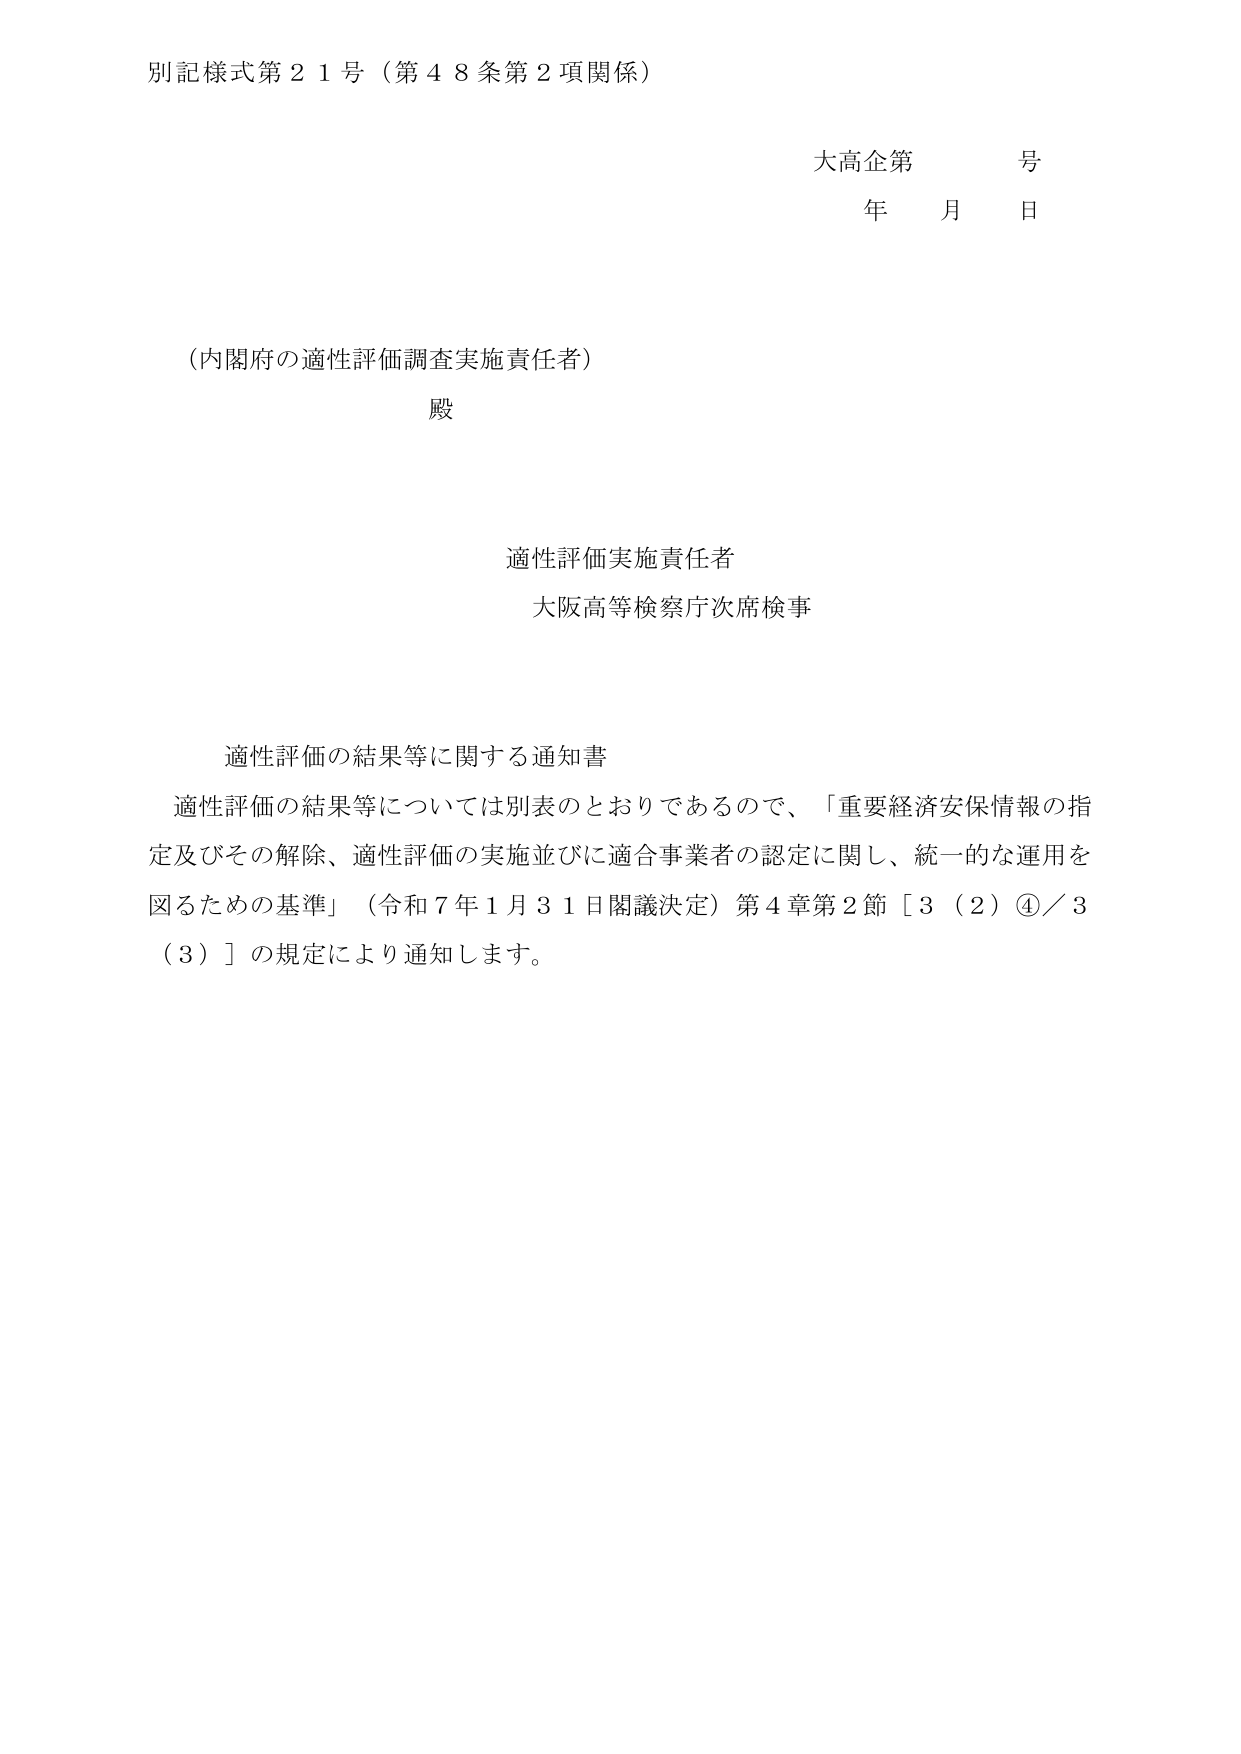
別記様式第２１号（第４８条第２項関係）

大高企第　　号
年　　月　　日

（内閣府の適性評価調査実施責任者）
殿

適性評価実施責任者
大阪高等検察庁次席検事

適性評価の結果等に関する通知書
適性評価の結果等については別表のとおりであるので、「重要経済安保情報の指定及びその解除、適性評価の実施並びに適合事業者の認定に関し、統一的な運用を図るための基準」（令和７年１月３１日閣議決定）第４章第２節［３（２）④／３（３）］の規定により通知します。